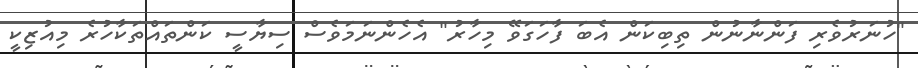
"ހުނަރުވެރި ފަންނާނުން ތިބިކަން އެބަ ފާހަގަވޭ މިހާރު" އެހެންނަމަވެސް ސިޔާސީ ކަންތައްތަކާހުރެ މިއުޒިކީ